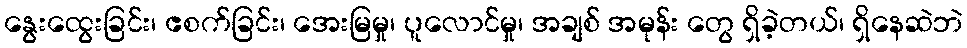
နွေးထွေးခြင်း၊ ဧစက်ခြင်း၊ အေးမြမှု၊ ပူလောင်မှု၊ အချစ် အမုန်း တွေ ရှိခဲ့တယ်၊ ရှိနေဆဲဘဲ